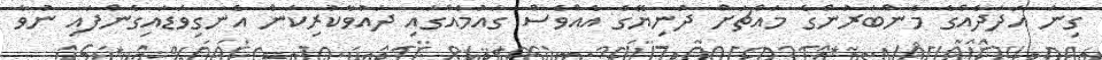
ގިނަ އަދަދެއްގެ މެންބަރުންގެ މައްޗަށް ދުނިޔޭގެ އެއްވެސް ގައުމެއްގައި ދައުވާކުރިކަން އެނގިވަޑައިގެންފައި ނުވާ